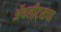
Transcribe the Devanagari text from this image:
ॲथलीट्सचा